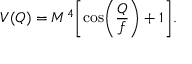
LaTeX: V ( Q ) = M ^ { 4 } \biggl [ \cos \biggl ( \frac { Q } { f } \biggr ) + 1 \biggr ] .